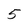
Character: 5